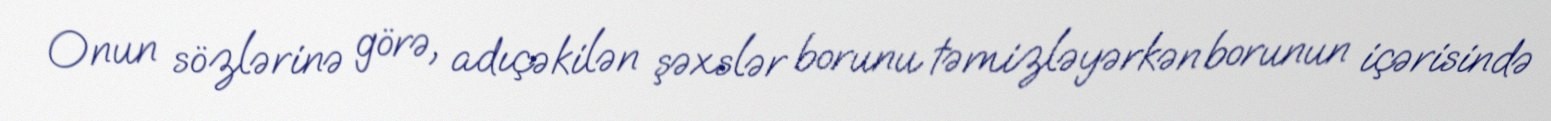
Onun sözlərinə görə, adıçəkilən şəxslər borunu təmizləyərkən borunun içərisində